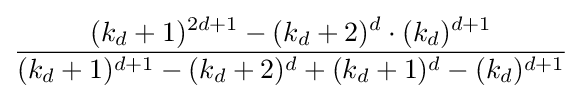
{\frac {(k_{d}+1)^{2d+1}-(k_{d}+2)^{d}\cdot (k_{d})^{d+1}}{(k_{d}+1)^{d+1}-(k_{d}+2)^{d}+(k_{d}+1)^{d}-(k_{d})^{d+1}}}